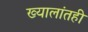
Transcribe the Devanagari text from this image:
ख्यालांतही